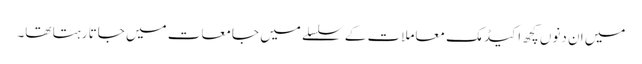
میں ان دنوں کچھ اکیڈمک معاملات کے سلسلے میں جامعات میں جاتا رہتا تھا۔